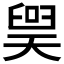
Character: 𪡲